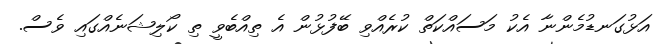
އަޅުގަނޑުމެންނާ އެކު މަސައްކަތް ކުރެއްވި ބޭފުޅުން އެ ތިއްބެވީ ތި ކޯލިޝަނެއްގައި ވެސް.